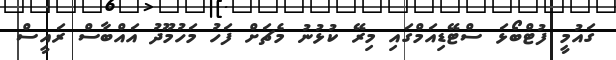
ގައުމީ ފުޓްބޯޅަ ސްޓޭޑިއަމްގައި މިރޭ ކުޅުނު މެޗަށް ފަހު މަހުމޫދު އައްބާސް ރައީސް